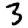
Digit: 3